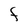
Character: F